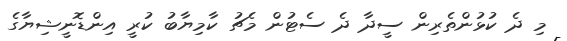
މި ދެ ކުޅުންތެރިން ސީދާ ދެ ސެޓުން މެޗު ކާމިޔާބު ކުރީ އިންޑޮނީޝިޔާގެ